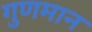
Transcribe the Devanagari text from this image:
गुणमान